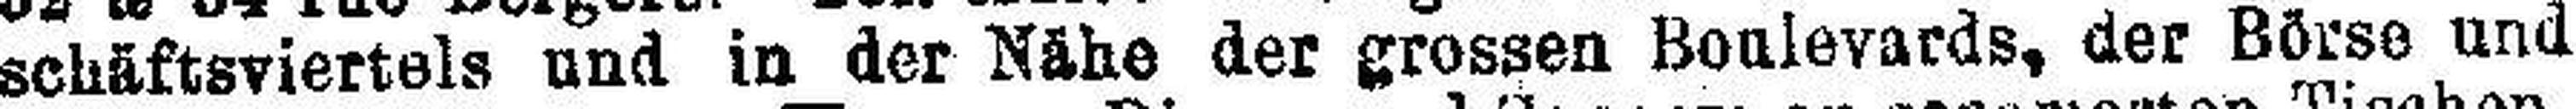
schäftsviertels und in der Nähe der grossen Boulevards, der Börse und